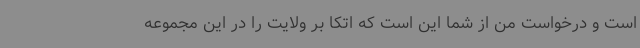
است و درخواست من از شما این است که اتکا بر ولایت را در این مجموعه